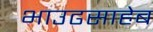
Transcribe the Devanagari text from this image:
भाउढसाहेब